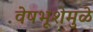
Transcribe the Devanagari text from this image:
वेषभूशेमुळे